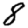
Digit: 8